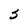
Character: 5